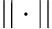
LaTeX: \vert\vert\cdot\vert\vert